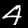
Label: 4